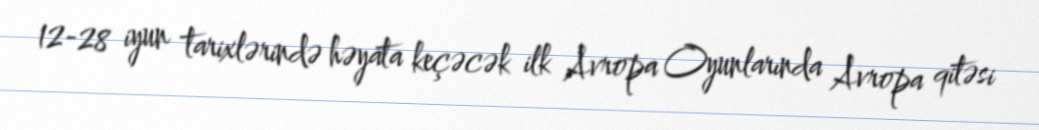
12-28 iyun tarixlərində həyata keçəcək ilk Avropa Oyunlarında Avropa qitəsi